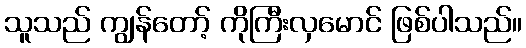
သူသည် ကျွန်တော့် ကိုကြီးလှမောင် ဖြစ်ပါသည်။